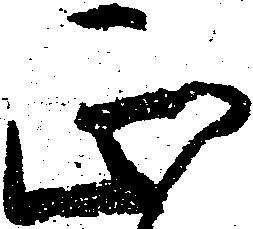
正